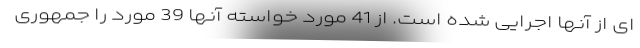
ای از آنها اجرایی شده است. از 41 مورد خواسته آنها 39 مورد را جمهوری